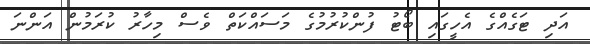
އަދި ޓަގެއްގެ އެހީގައި ބޯޓު ފުންކުރުމުގެ މަސައްކަތް ވެސް މިހާރު ކުރަމުން އަންނަ